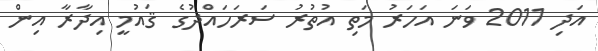
އަދި 2011 ވަނަ އަހަރު މަތި އުތުރު ސަރަހައްދުގެ ޤައުމީ އިދާރާ އިން